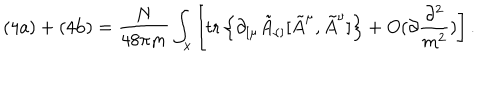
LaTeX: \mathrm { ( 4 a ) } + \mathrm { ( 4 b ) } = \frac { N } { 4 8 \pi m } \int _ { x } \left[ \mathrm { t r } \left\{ \partial _ { [ \mu } \tilde { A } _ { \nu ] } [ \tilde { A } ^ { \mu } , \tilde { A } ^ { \nu } ] \right\} + O ( \partial \frac { \partial ^ { 2 } } { m ^ { 2 } } ) \right] .